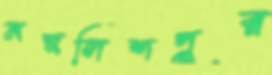
মজলিশপুর